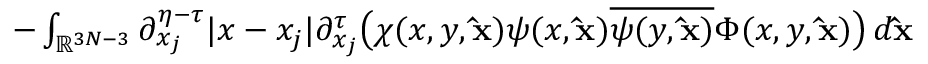
\begin{array} { r } { - \int _ { \mathbb { R } ^ { 3 N - 3 } } \partial _ { x _ { j } } ^ { \eta - \tau } | x - x _ { j } | \partial _ { x _ { j } } ^ { \tau } \big ( \chi ( x , y , \mathbf { \hat { x } } ) \psi ( x , \mathbf { \hat { x } } ) \overline { { \psi ( y , \mathbf { \hat { x } } ) } } \Phi ( x , y , \mathbf { \hat { x } } ) \big ) \, d \mathbf { \hat { x } } } \end{array}